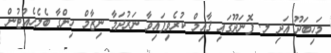
މަހިބަދޫ އަދި ލ. ފޮނަދޫގައި ޤާއިމް ކުރެވިފައިވާ ނަރުދަމާ ނިޒާމް ހިންގާ ބެލެހެއްޓުން